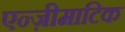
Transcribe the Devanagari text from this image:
एन्ज़ीमाटिक